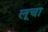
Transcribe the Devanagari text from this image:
लूचा